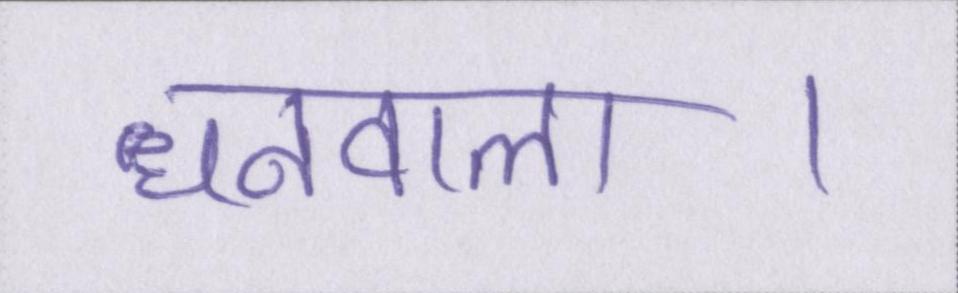
धनवाला।